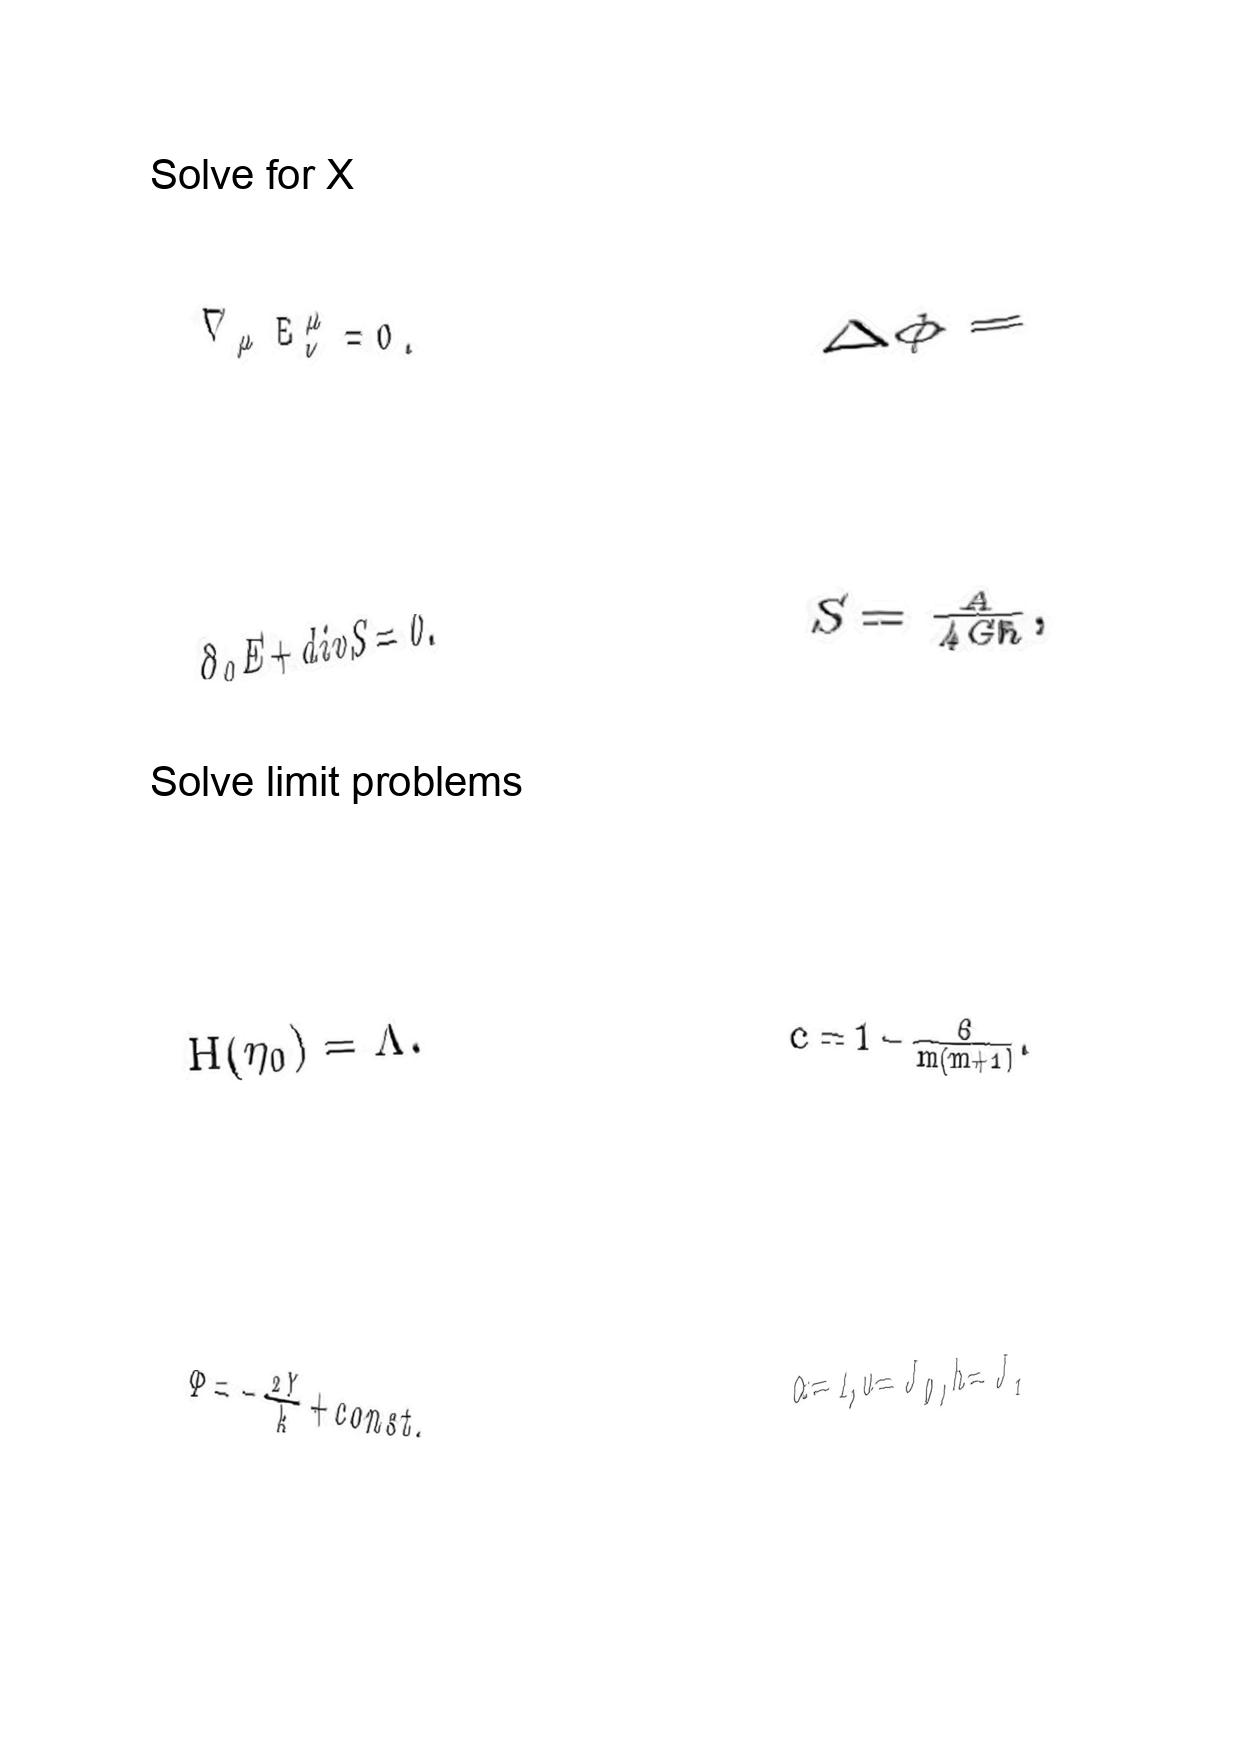
LaTeX transcription:
\nabla _ { \mu } E _ { \nu } ^ { \mu } = 0 .
\partial _ { 0 } E + d i v S = 0 .
H \lparen \eta _ { 0 } \rparen = \Lambda .
\Phi = - \frac { 2 Y } { k } + c o n s t .
\Delta \phi =
S = \frac { A } { 4 G \hbar } ,
c = 1 - \frac { 6 } { m \lparen m + 1 \rparen } .
\alpha = 1 , u = J _ { 0 } , h = J _ { 1 }